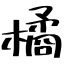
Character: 橘